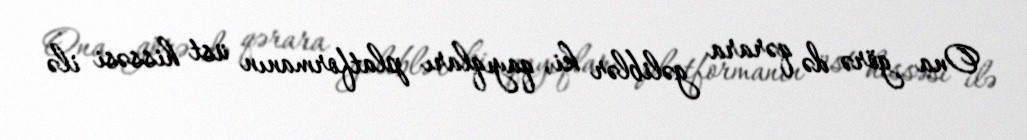
Ona görə də qərara gəliblər ki, qayıqları platformanın üst hissəsi ilə